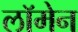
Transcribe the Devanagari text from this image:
लॉमेन